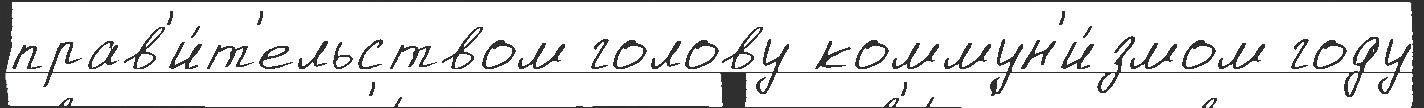
прав'и́т'ельством голову коммун'и́змом году